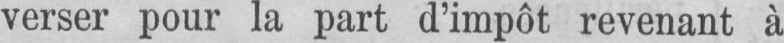
verser pour la part d’impôt revenant à